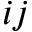
i j